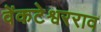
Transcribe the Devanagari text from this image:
वेंकटेश्वरराव